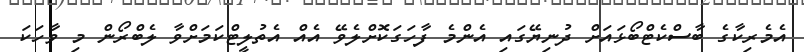
އެމެރިކާގެ ބާސްކެޓްބޯޅައަށް ދުނިޔޭގައި އެންމެ ފާހަގަކޮށްލެވޭ އެއް އެތުލީޓްކަމަށްވާ ލެބްރޯން މި ވާހަކަ